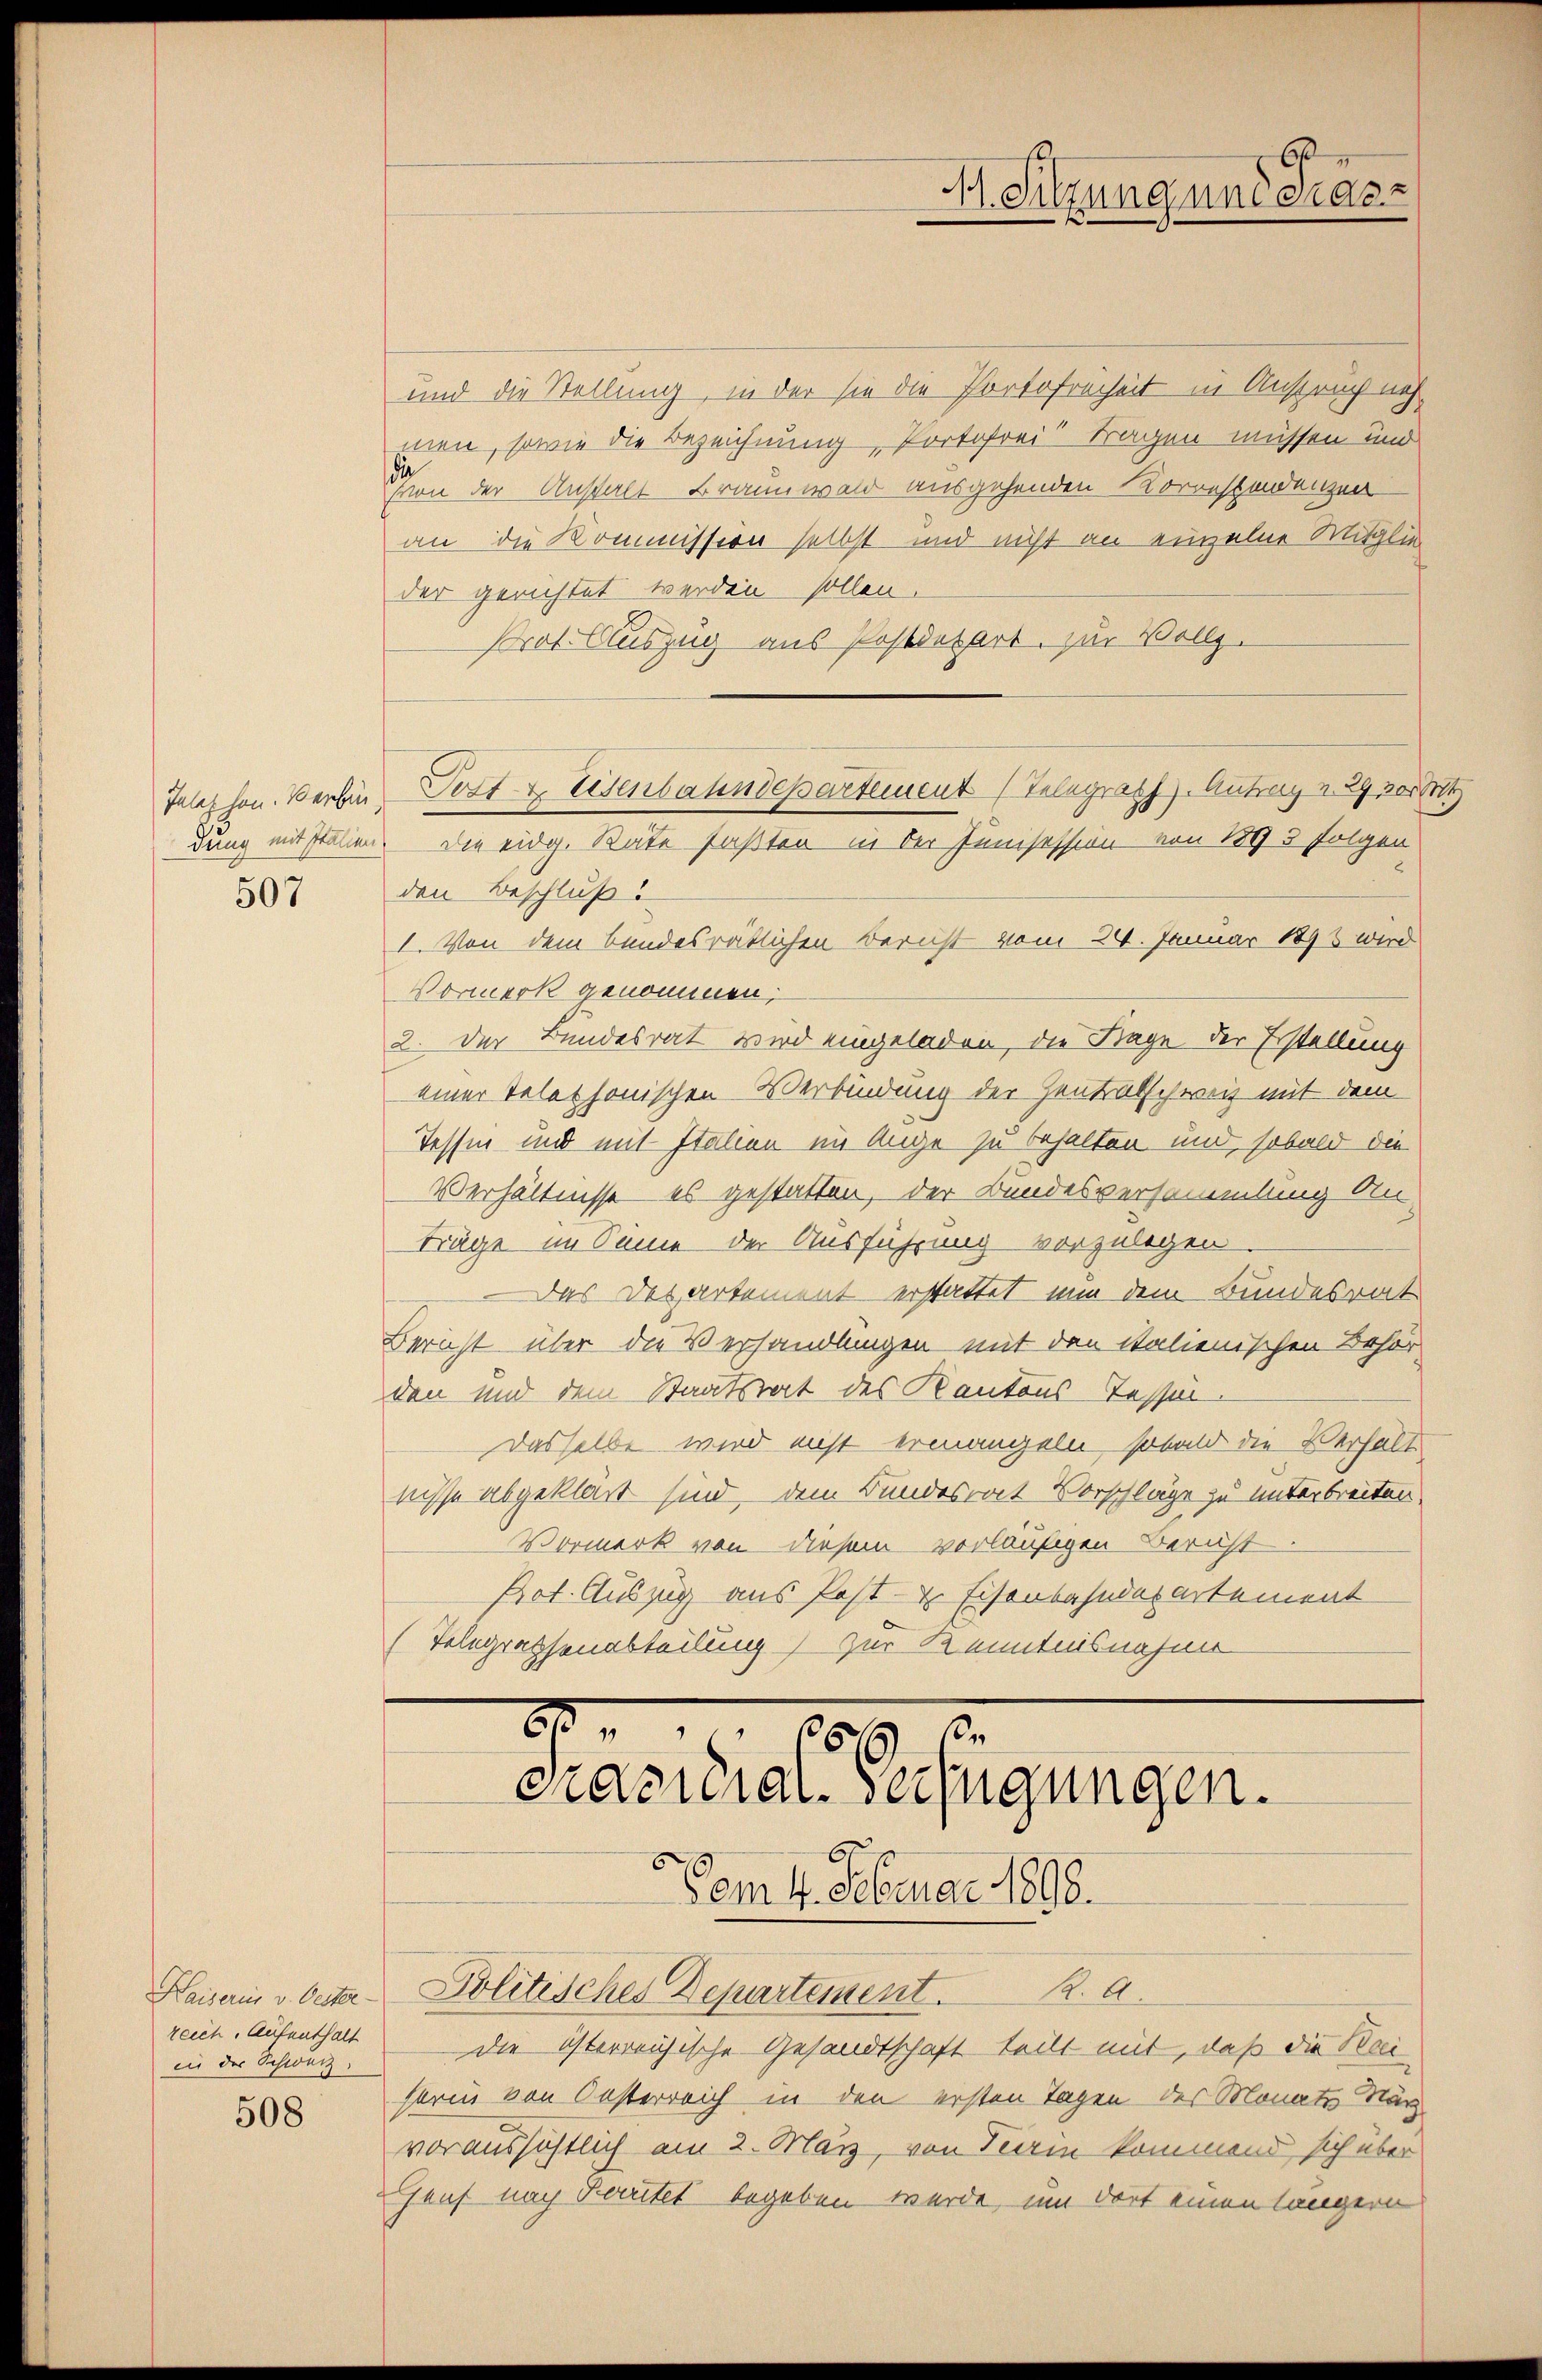
507

reich. Aufenthalt
in der Schweiz.
508

und die Stellung, in der sie die Portofreiheit in Anspruch nehmen, sowie die Bezeichnung, Portofrei tragen müssen und
hon der Anstalt Braunwald ausgehenden Korrespondenzen
an die Kommission selbst und nicht an einzelne Mitglied
der gerichtet werden sollen.
Prot. Auszug aus Postdepart. zur Vollz.
dung mit stellen. Die eidg. Räte faßten in der Junisession von 1893 folgenden Beschluß
I. Von dem bundesrätlichen Bericht vom 24. Januar 1898 wird
Vormerk genommen;
2. Der Bundesrat wird eingeladen, die Tage der Erstellung
einer telethonischen Verbindung der Zentralschweiz mit dem
Tessin und mit Italien im Auge zu behalten und, sobald die
Verhältnisse es gestatten, der Bundesversammlung An-
Träge im Sinne der Ausführung vorzulegen
Das Departement erstattet nun dem Bundesrat
Bericht über die Verhandlungen mit den italienischen Behör-
den und dem Staatsrat des Kantons Tessirdasselbe wird nicht ermangeln, sobald die Verhalt
nisse abgeklärt sind, dem Bundesrat Vorschläge zu unterbreiten.
Vormerk von diesem vorläufigen Bericht
Prot. Auszug aus Post- & Eisenbahndepartement
(Telegrafsenabteilung zur Kenntnisnahme

Telephon. Verbin Post & Eisenbahndepartement (Telegraph). Antrag v. 292004

8
n
cracidial-Verfügungen.
Vom 4. Februar 1818.
Haisai v. besta- Politisches Departement. 2. a.

M. Sitzung und Präse

die österreichische Gesandtschaft teilt mit, daß die Rei
serin von Oesterreich in den ersten Tagen des Monats Närvoraussichtlich am 2. März, von Teirin kommend sich über
Genf nach Fortet begeben werde, um dort einen längern